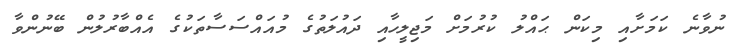
ނުވާނެ ކަމަށާއި މިކަން ޙައްލު ކުރުމަށް މަޖިލީހާއި ދައުލަތުގެ މުއައްސަސާތަކުގެ އެއްބާރުލުން ބޭނުންވާ